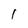
Character: 1